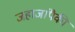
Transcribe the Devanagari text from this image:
जहाजांपैकी